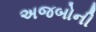
અજબોની